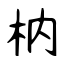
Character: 枘